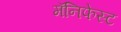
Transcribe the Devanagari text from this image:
मॅनिफेस्ट